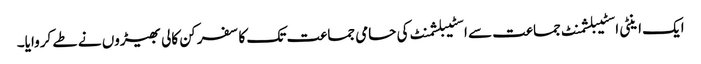
ایک اینٹی اسٹیبلشمنٹ جماعت سے اسٹیبلشمنٹ کی حامی جماعت تک کا سفر کن کالی بھیڑوں نے طے کروایا۔